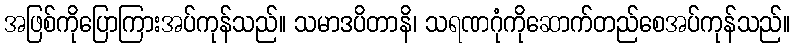
အဖြစ်ကိုပြောကြားအပ်ကုန်သည်။ သမာဒပိတာနိ၊ သရဏဂုံကိုဆောက်တည်စေအပ်ကုန်သည်။